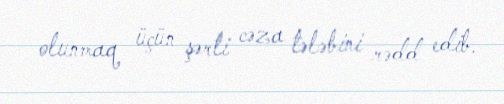
olunmaq üçün şərti cəza tələbini rədd edib.